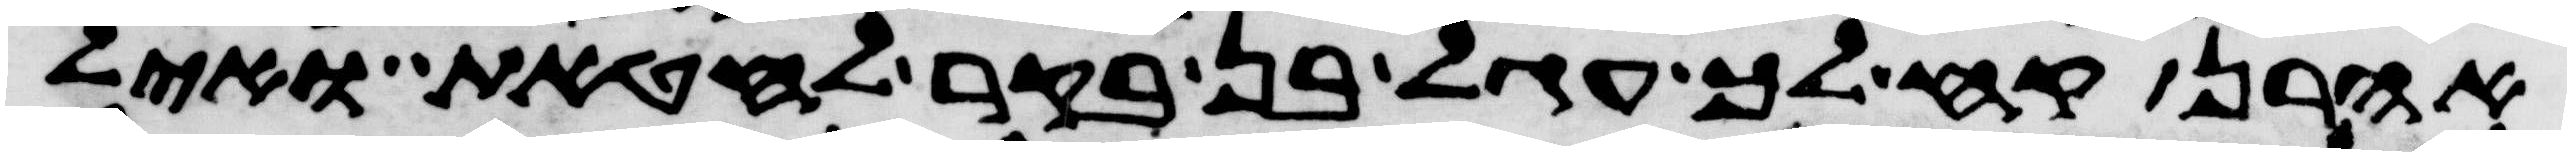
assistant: אהרן קח לך עגל בן בקר לחטאת ואיל